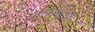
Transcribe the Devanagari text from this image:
गव्हर्नरकडे